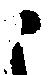
ニ